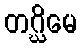
တဂ္ဃိမေ